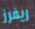
ريفرز